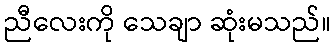
ညီလေးကို သေချာ ဆုံးမသည်။